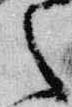
之